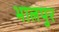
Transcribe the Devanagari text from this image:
भालपुर